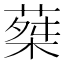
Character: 𦵴